Leaving Certificate Examination, 1915
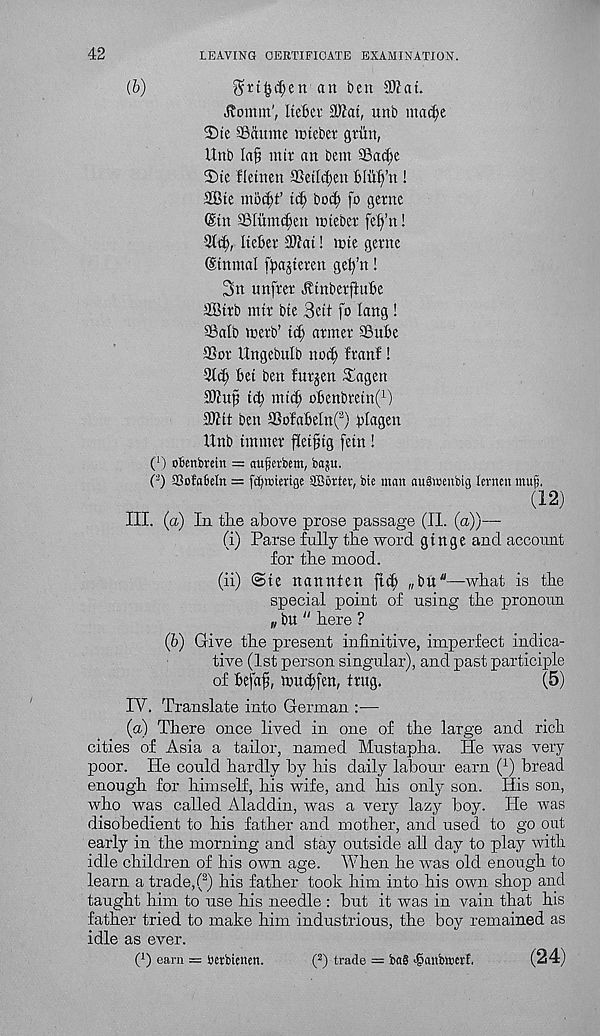
LEAVING CERTIFICATE EXAMINATION.
^rt^i^en an ben 3)?at.
domin', Itebev 3)iat, unb inai^e
Die SBdume intebet grim,
ttnb lafj in if an bent a3ad)e
2)te fletnen SSetlc^en blii^’n!
aBte mbc^t’ ti^ bot^ fo gerne
(Sin aSIiimc^en mtebet fef^’n!
%$, IteBev 2ftat! mie gerne
@tnmal fpajteren ge^’n!
3n unfrer JtinberftnBe
aBtrb mtr bte 3eti fo lang!
SBalb tnerb’ id) armer SSuBe
SSor Ungebulb noci; franf!
3l(^ Bet ben furjen Sagen
t(B mid) oBenbreinf 1 )
ben SSofaBelnf) plagen
Unb tinnier fiet^tg fetn!
O obcnbrein = auferbem, baju.
(-) aSofabeln = fcbrciertge SBcrtev, bte matt auSwenbig levnett ntufi.
(12)
III. ( a) In tlie above prose passage (II. (a))—
(i) Parse fully the word gtnge and account
for the mood.
(ii) @te nannten ft^ „bu"—what is the
special point of using the pronoun
„ bu " here ?
(b) Give the present infinitive, imperfect indica-
tive (1st person singular), and past participle
of Befaf, tnucBfen, trug.
(5)
IV. Translate into German :—
(a) There once lived in one of the large and rich
cities of Asia a tailor, named Mustapha. He was very
poor. He could hardly by his daily labour earn ( 1 ) bread
enough for himself, his wife, and his only son. His son,
who was called Aladdin, was a very lazy boy. He was
disobedient to his father and mother, and used to go out
early in the morning and stay outside all day to play with
idle children of his own age. When he was old enough to
learn a trade, ( 2 ) his father took him into his own shop and
taught him to use his needle : but it was in vain that his
father tried to make him industrious, the boy remained as
idle as ever.
t 1 ) earn = berbtciten.
( 2 ) trade = ba§ >@aitbtt>eri.
(24)